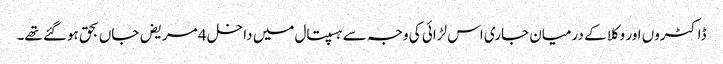
ڈاکٹروں اور وکلا کے درمیان جاری اس لڑائی کی وجہ سے ہسپتال میں داخل 4 مریض جاں بحق ہوگئے تھے۔